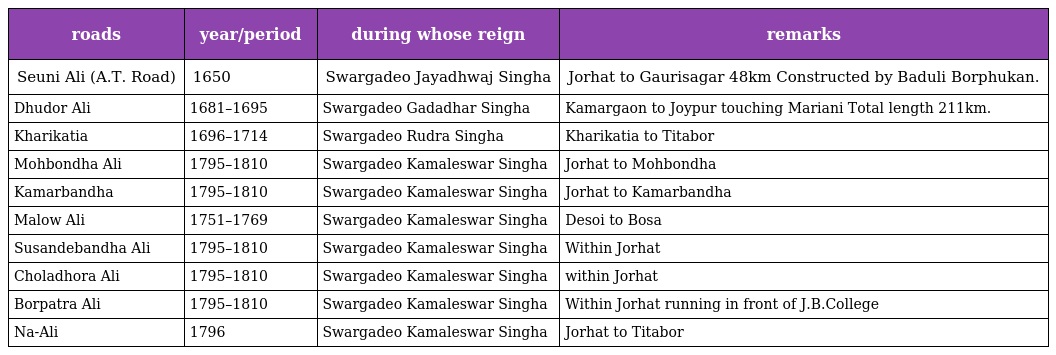
| roads | year/period | during whose reign | remarks |
 | --- | --- | --- | --- |
 | Seuni Ali (A.T. Road) | 1650 | Swargadeo Jayadhwaj Singha | Jorhat to Gaurisagar 48km Constructed by Baduli Borphukan. |
 | Dhudor Ali | 1681–1695 | Swargadeo Gadadhar Singha | Kamargaon to Joypur touching Mariani Total length 211km. |
 | Kharikatia | 1696–1714 | Swargadeo Rudra Singha | Kharikatia to Titabor |
 | Mohbondha Ali | 1795–1810 | Swargadeo Kamaleswar Singha | Jorhat to Mohbondha |
 | Kamarbandha | 1795–1810 | Swargadeo Kamaleswar Singha | Jorhat to Kamarbandha |
 | Malow Ali | 1751–1769 | Swargadeo Kamaleswar Singha | Desoi to Bosa |
 | Susandebandha Ali | 1795–1810 | Swargadeo Kamaleswar Singha | Within Jorhat |
 | Choladhora Ali | 1795–1810 | Swargadeo Kamaleswar Singha | within Jorhat |
 | Borpatra Ali | 1795–1810 | Swargadeo Kamaleswar Singha | Within Jorhat running in front of J.B.College |
 | Na-Ali | 1796 | Swargadeo Kamaleswar Singha | Jorhat to Titabor |